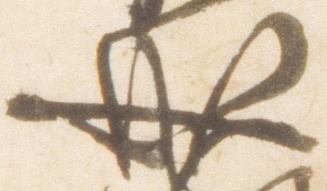
成